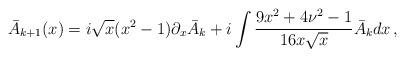
LaTeX: \begin{align*}\bar{A}_{k+1}(x) = i\sqrt{x}(x^2 - 1)\partial_x \bar{A}_k + i\int \frac{9 x^2 + 4\nu^2 - 1}{16x\sqrt{x}} \bar{A}_k dx\,,\end{align*}